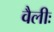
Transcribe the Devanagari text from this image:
वैलीः